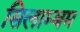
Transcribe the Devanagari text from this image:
सिलाम्बम